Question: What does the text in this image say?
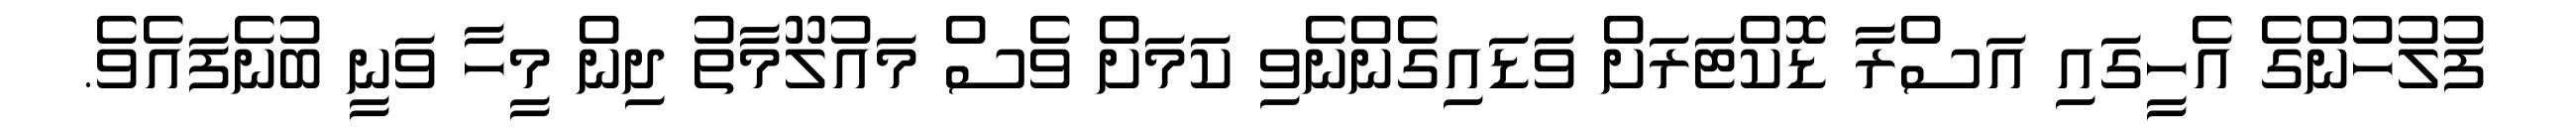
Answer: ފުލުހުންގެ އެހީގައި އަސްރާ ޑޮކްޓަރަށް ވަޑައިގެންނެވި ކަމަށް ވެސް މައުލޫމާތު ދިން މީހާ ވަނީ ބުނެފައެވެ.